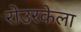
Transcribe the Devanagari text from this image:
रोउरकेला